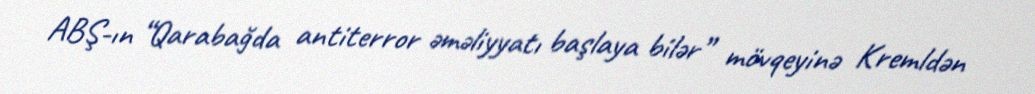
ABŞ-ın “Qarabağda antiterror əməliyyatı başlaya bilər” mövqeyinə Kremldən